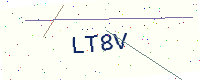
Text: LT8V